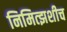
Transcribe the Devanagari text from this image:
निमित्झशीच